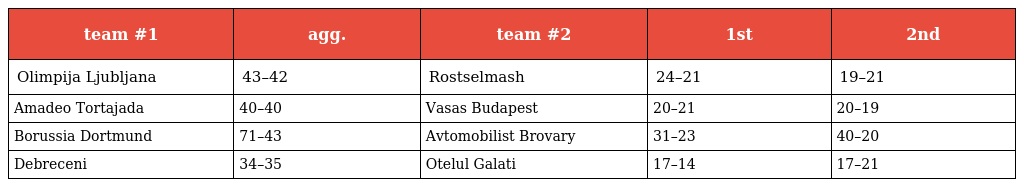
| team #1 | agg. | team #2 | 1st | 2nd |
 | --- | --- | --- | --- | --- |
 | Olimpija Ljubljana | 43–42 | Rostselmash | 24–21 | 19–21 |
 | Amadeo Tortajada | 40–40 | Vasas Budapest | 20–21 | 20–19 |
 | Borussia Dortmund | 71–43 | Avtomobilist Brovary | 31–23 | 40–20 |
 | Debreceni | 34–35 | Otelul Galati | 17–14 | 17–21 |